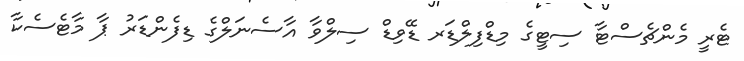
ޓެރީ މެންޗެސްޓާ ސިޓީގެ މިޑްފިލްޑަރ ޑޭވިޑް ސިލްވާ އާސެނަލްގެ ޑިފެންޑަރު ޕާ މާޓެސެކާ